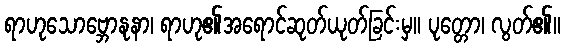
ရာဟုသောဗ္ဘောနုနာ၊ ရာဟု၏အရောင်ဆုတ်ယုတ်ခြင်းမှ။ ပုတ္တော၊ လွတ်၏။